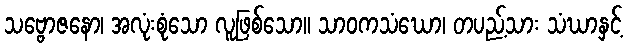
သဗ္ဗောဇနော၊ အလုံးစုံသော လူဖြစ်သော။ သာဝကသံဃော၊ တပည့်သား သံဃာနှင့်